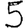
Digit: 5